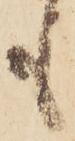
も